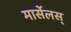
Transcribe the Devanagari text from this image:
मार्सेलस्